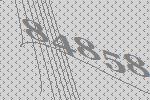
84858